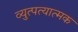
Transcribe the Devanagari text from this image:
व्युत्पत्यात्मक